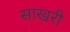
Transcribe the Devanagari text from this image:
साखरी